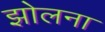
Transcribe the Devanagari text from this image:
झोलना